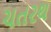
ચતરથ